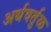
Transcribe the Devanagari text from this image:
अर्धवर्तुळ